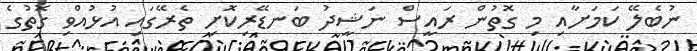
ނުބެލޭ ކަމަށާއި މި ގޮތުން ރައީސް ނަޝީދު ބަނޑޭރިކޮށި ތެރޭގައި އުޅުއްވި ގޮތުގެ